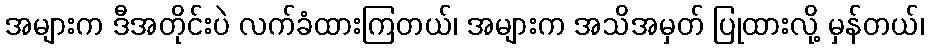
အများက ဒီအတိုင်းပဲ လက်ခံထားကြတယ်၊ အများက အသိအမှတ် ပြုထားလို့ မှန်တယ်၊